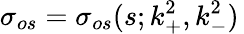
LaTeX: \sigma_{os}=\sigma_{os}(s;k_{+}^{2},k_{-}^{2})\,